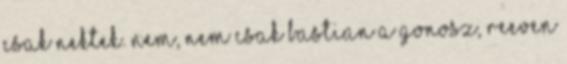
csak nektek. Nem, nem csak Bastian a gonosz, Reeven